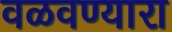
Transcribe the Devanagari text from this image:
वळवण्यारा